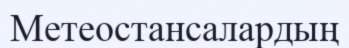
Метеостансалардың